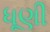
ધૂણી